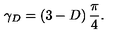
\gamma _ { { D } } = \left( 3 - D \right) \frac { \pi } { 4 } .